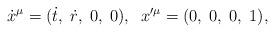
LaTeX: \begin{align*}\dot{x}^\mu=(\dot{t},\;\dot{r},\;0,\;0),\;\;x'^\mu=(0,\;0,\;0,\;1),\end{align*}